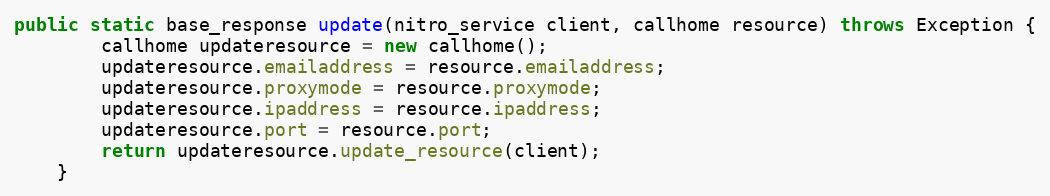
Language: Java
public static base_response update(nitro_service client, callhome resource) throws Exception {
		callhome updateresource = new callhome();
		updateresource.emailaddress = resource.emailaddress;
		updateresource.proxymode = resource.proxymode;
		updateresource.ipaddress = resource.ipaddress;
		updateresource.port = resource.port;
		return updateresource.update_resource(client);
	}